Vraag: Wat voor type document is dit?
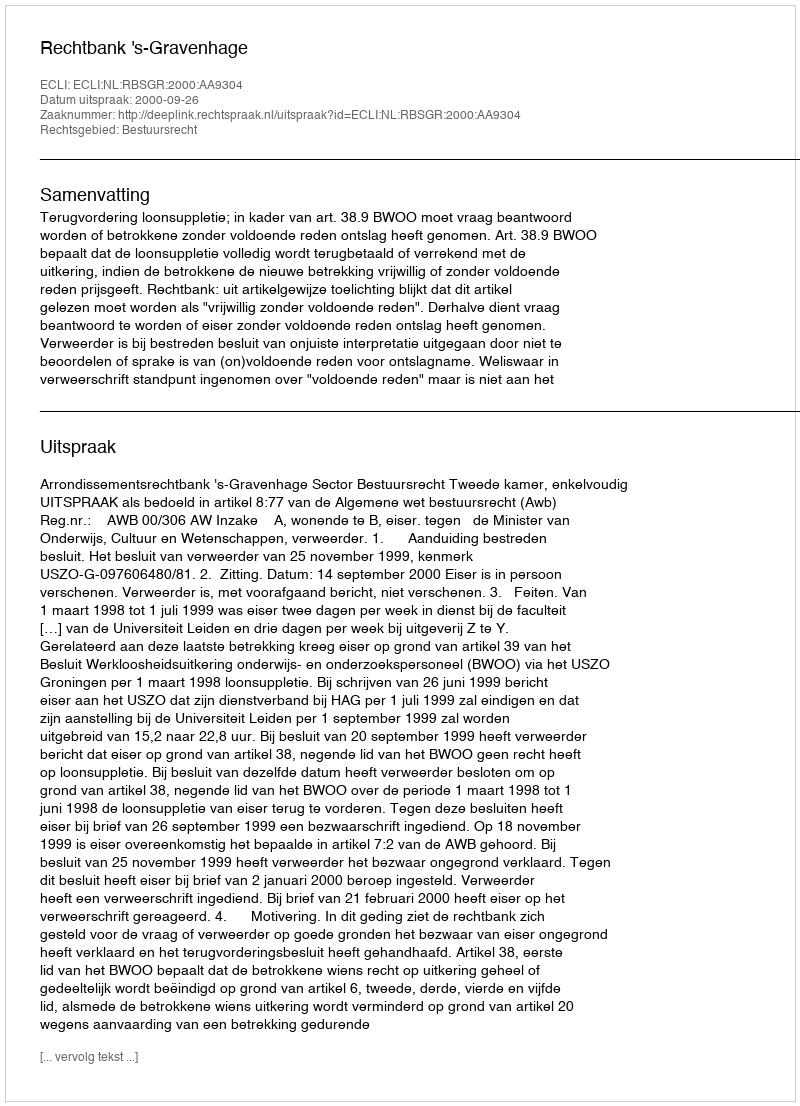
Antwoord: Uitspraak